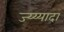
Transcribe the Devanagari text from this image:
ज्य्य्यादा